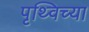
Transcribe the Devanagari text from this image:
पृथ्विच्या